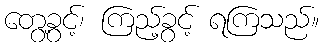
တွေ့ခွင့်၊ ကြည့်ခွင့် ရကြသည်။